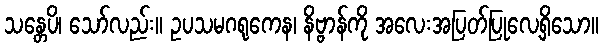
သန္တေပိ၊ သော်လည်း။ ဥပသမဂရုကေန၊ နိဗ္ဗာန်ကို အလေးအပြတ်ပြုလေ့ရှိသော။